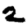
Digit: 2